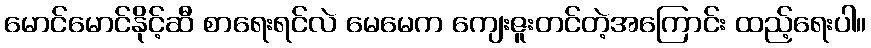
မောင်မောင်နိုင့်ဆီ စာရေးရင်လဲ မေမေက ကျေးဇူးတင်တဲ့အကြောင်း ထည့်ရေးပါ။